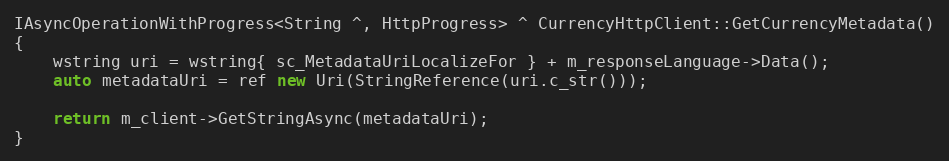
Language: C++
IAsyncOperationWithProgress<String ^, HttpProgress> ^ CurrencyHttpClient::GetCurrencyMetadata()
{
    wstring uri = wstring{ sc_MetadataUriLocalizeFor } + m_responseLanguage->Data();
    auto metadataUri = ref new Uri(StringReference(uri.c_str()));

    return m_client->GetStringAsync(metadataUri);
}